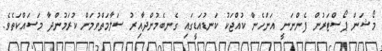
މޯޝަން ޕޯސްޓަރުން ފެންނަނީ އަންހެން ކުއްޖަކު ކަނޑުއަޑީގައި ގެނބެމުންދާއިރު ސަލާމަތްވުމަށް ކުރަމުންދާ މަސައްކަތެވެ.